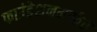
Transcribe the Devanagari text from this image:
फाउंडेशनमार्फत